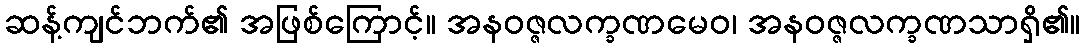
ဆန့်ကျင်ဘက်၏ အဖြစ်ကြောင့်။ အနဝဇ္ဇလက္ခဏမေဝ၊ အနဝဇ္ဇလက္ခဏသာရှိ၏။